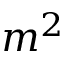
m ^ { 2 }